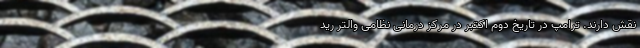
نقش دارند. ترامپ در تاریخ دوم اکتبر در مرکز درمانی نظامی والتر رید